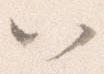
以